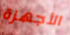
الأجهزة